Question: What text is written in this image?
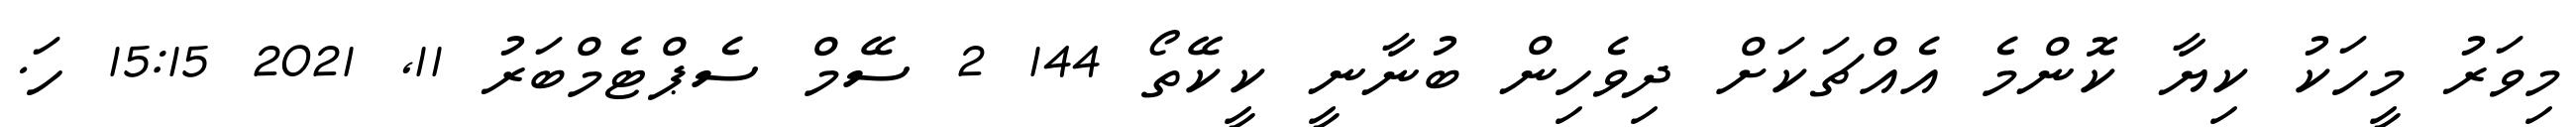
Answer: މިވަރު މީހަކު ކިޔާ ކޮންމެ އެއްޗަކަށް ދިވެހިން ބުނާނީ ކީކޭތޯ 144 2 ސޭމް ސެޕްޓެމްބަރު 11, 2021 15:15 ހަ.